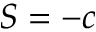
S = - c